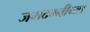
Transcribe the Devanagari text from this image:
जमदग्नीच्या